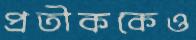
প্রতীককেও